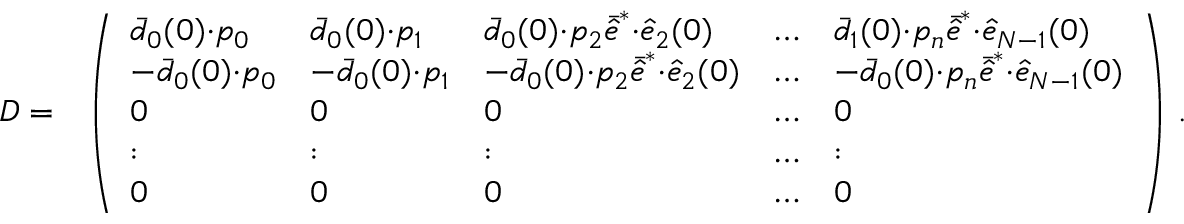
\begin{array} { r l } { D = } & { \left( \begin{array} { l l l l l } { \bar { d } _ { 0 } ( 0 ) { \cdot } p _ { 0 } } & { \bar { d } _ { 0 } ( 0 ) { \cdot } p _ { 1 } } & { \bar { d } _ { 0 } ( 0 ) { \cdot } p _ { 2 } \bar { \hat { e } } ^ { * } { \cdot } \hat { e } _ { 2 } ( 0 ) } & { \dots } & { \bar { d } _ { 1 } ( 0 ) { \cdot } p _ { n } \bar { \hat { e } } ^ { * } { \cdot } \hat { e } _ { N - 1 } ( 0 ) } \\ { - \bar { d } _ { 0 } ( 0 ) { \cdot } p _ { 0 } } & { - \bar { d } _ { 0 } ( 0 ) { \cdot } p _ { 1 } } & { - \bar { d } _ { 0 } ( 0 ) { \cdot } p _ { 2 } \bar { \hat { e } } ^ { * } { \cdot } \hat { e } _ { 2 } ( 0 ) } & { \dots } & { - \bar { d } _ { 0 } ( 0 ) { \cdot } p _ { n } \bar { \hat { e } } ^ { * } { \cdot } \hat { e } _ { N - 1 } ( 0 ) } \\ { 0 } & { 0 } & { 0 } & { \dots } & { 0 } \\ { : } & { : } & { : } & { \dots } & { : } \\ { 0 } & { 0 } & { 0 } & { \dots } & { 0 } \end{array} \right) \, . } \end{array}